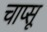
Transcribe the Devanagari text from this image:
चाप्सू